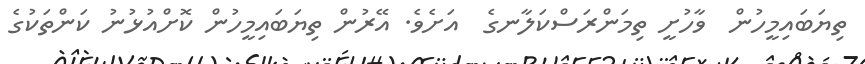
ތިޔަބައިމީހުން  ވާހުށީ ތިމަންރަސްކަލާނގެ  އަށެވެ. އޭރުން ތިޔަބައިމީހުން ކޮށްއުޅުނު ކަންތަކުގެ